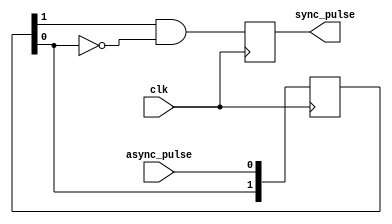
module PulseSynchronizer (
    input wire clk,
    input wire async_pulse,
    output reg sync_pulse
);

reg [1:0] pulse_reg;

always @(posedge clk) begin
    pulse_reg <= {pulse_reg[0], async_pulse};
    sync_pulse <= pulse_reg[1] & ~pulse_reg[0];
end

endmodule